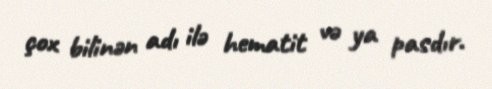
çox bilinən adı ilə hematit və ya pasdır.